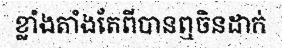
ខ្លាំងតាំងតែពីបានឮចិនដាក់